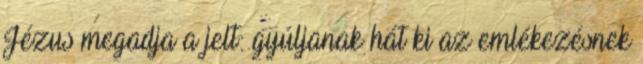
Jézus megadja a jelt: gyúljanak hát ki az emlékezésnek